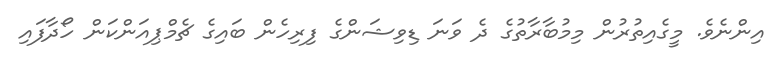
އިންނެވެ. މީގެއިތުރުން މިމުބާރާތުގެ ދެ ވަނަ ޑިވިޝަންގެ ފިރިހެން ބައިގެ ޗެމްޕިއަންކަން ހޯދާފައި